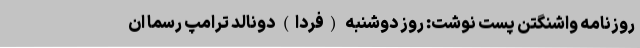
روزنامه واشنگتن پست نوشت: روز دوشنبه (فردا)‌ دونالد ترامپ رسما ان